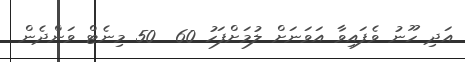
އަދި ހޫނު ވެފައިވާ އަވަނަށް ލުމަށްފަހު 60  50 މިނެޓް ވަންދެން